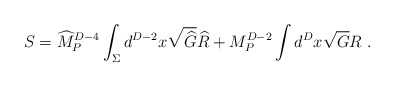
\begin{align*}S={\widehat M}^{D-4}_P\int_\Sigma d^{D-2}x \sqrt{{\widehat G}}{\widehat R}+ {M}^{D-2}_P\int d^{D}x \sqrt{{G}}{R}~.\end{align*}